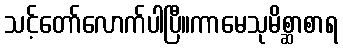
သင့်တော်လောက်ပါပြီ။ကာမေသုမိစ္ဆာစာရ